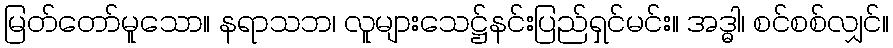
မြတ်တော်မူသော။ နရာသဘ၊ လူများသေဋ္ဌ်နင်းပြည်ရှင်မင်း။ အဒ္ဓါ၊ စင်စစ်လျှင်။